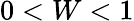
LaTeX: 0<W<1